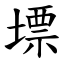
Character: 墂